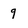
Character: 9